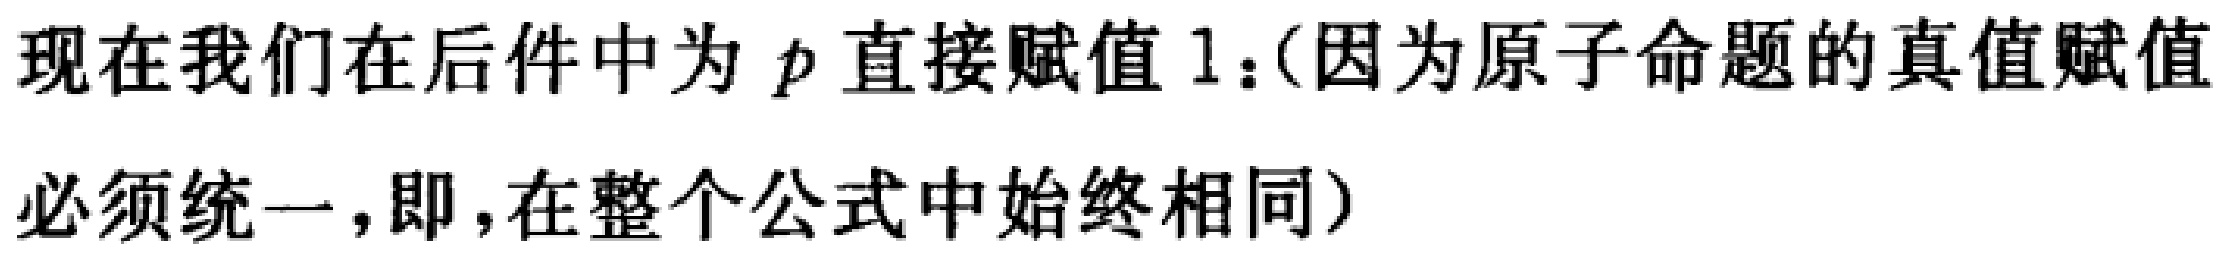
现在我们在后件中为 \(p\) 直接赋值 1：(因为原子命题的真值赋值必须统一，即，在整个公式中始终相同）